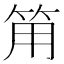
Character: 𰩵